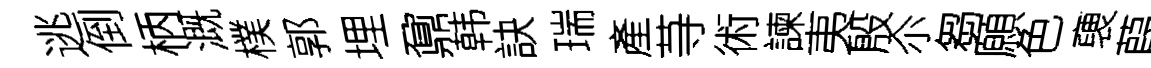
逃倒柄溉樸郭埋鼐韩訣瑞產䒭術諫夷殷尒芻願色褏葭